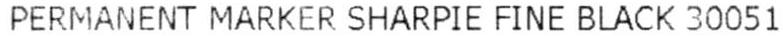
PERMANENT MARKER SHARPIE FINE BLACK 30051